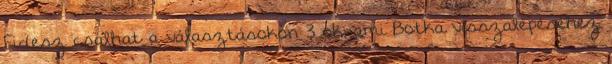
Fidesz csalhat a választásokon 3 ok, ami Botka visszalépéséhez